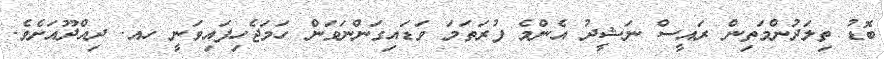
ބޮޑު ތިލަދުންމަތިން ރައީސް ނަޝީދު އެންމެ ފުރަތަމަ ވަޑައިގަންނަވަން ހަމަޖެހިފައިވަނީ ހއ. ދިއްދޫއަށެވެ.